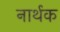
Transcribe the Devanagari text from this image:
नार्थक